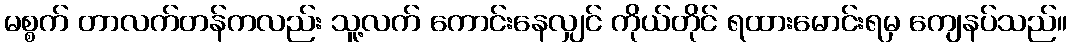
မစ္စက် တာလက်တန်ကလည်း သူ့လက် ကောင်းနေလျှင် ကိုယ်တိုင် ရထားမောင်းရမှ ကျေနပ်သည်။